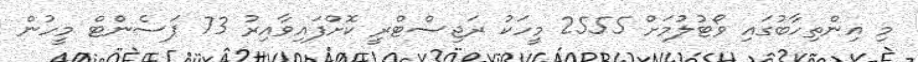
މި އިންތިހާބުގައި ވޯޓުލުމަށް 2555 މީހަކު ރަޖިސްޓްރީ ކޮށްފައިވާއިރު 73 ޕަސެންޓް މީހުން